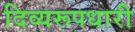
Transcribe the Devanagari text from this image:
दिव्यरूपधारी